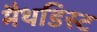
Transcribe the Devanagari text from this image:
मैथडिस्ट